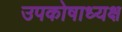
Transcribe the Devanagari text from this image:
उपकोषाध्यक्ष